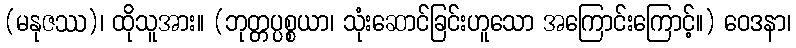
(မနုဇဿ)၊ ထိုသူအား။ (ဘုတ္တပ္ပစ္စယာ၊ သုံးဆောင်ခြင်းဟူသော အကြောင်းကြောင့်။) ဝေဒနာ၊